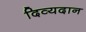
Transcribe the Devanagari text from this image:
दिव्यदान